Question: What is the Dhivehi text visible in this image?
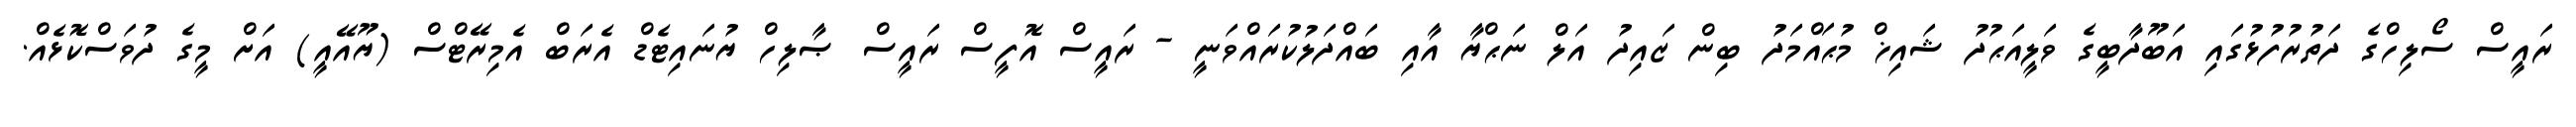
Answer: ރައީސް ސޯލިހްގެ ދަތުރުފުޅުގައި އަބޫދާބީގެ ވަލީއަޙުދު ޝައިޚް މުޙައްމަދު ބިން ޒައިދު އަލް ނަޙްޔާ އާއި ބައްދަލުކުރައްވަނީ - ރައީސް އޮފީސް ރައީސް ޞާލިހް ޔުނައިޓެޑް އެރަބް އެމިރޭޓްސް (ޔޫއޭއީ) އަށް މީގެ ދުވަސްކޮޅެއް.